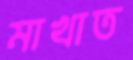
মাখাত